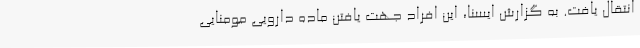
انتقال یافت. به گزارش ایسنا، این افراد جهت یافتن ماده دارویی مومنایی